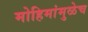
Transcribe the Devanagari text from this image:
मोहिमांमुळेच